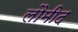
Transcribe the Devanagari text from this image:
लौमीद